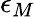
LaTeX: \epsilon_{M}